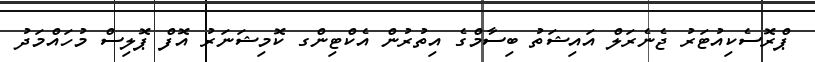
ޕްރޮސެކިއުޓަރު ޖެނެރަލް އައިޝަތު ބިސާމްގެ އިތުުރުން އެކްޓިންގ ކޮމިޝަނަރު އޮފް ޕޮލިސް މުހައްމަދު